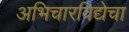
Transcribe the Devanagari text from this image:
अभिचारविद्येचा